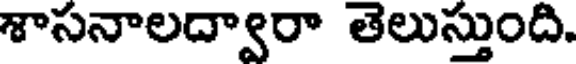
శాసనాలద్వారా తెలుస్తుంది.